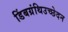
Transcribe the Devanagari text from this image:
डिंबग्रंथिउच्छेदन